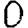
Digit: 0